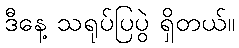
ဒီနေ့ သရုပ်ပြပွဲ ရှိတယ်။